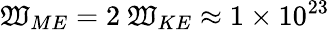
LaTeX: \mathfrak{W}_{ME}=2\ \mathfrak{W}_{KE}\approx1\times10^{23}